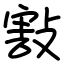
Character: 㪡